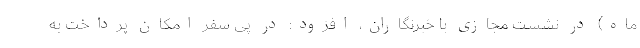
ماه) در نشست مجازی با خبرنگاران، افزود: در پی سفر امکان پرداخت به